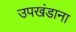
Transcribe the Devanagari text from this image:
उपखंडाना